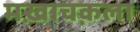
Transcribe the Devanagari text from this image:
मख़ाचक़ला